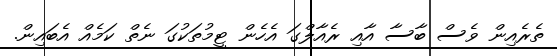
ތެރެއިން ވެސް ބާސާ އާއި ރެއާލްގަ އެހެން ޓީމުތަކުގަ ނެތް ކަމެއް އެބައިން.